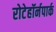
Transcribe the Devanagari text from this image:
रोटेहॉर्नपार्क